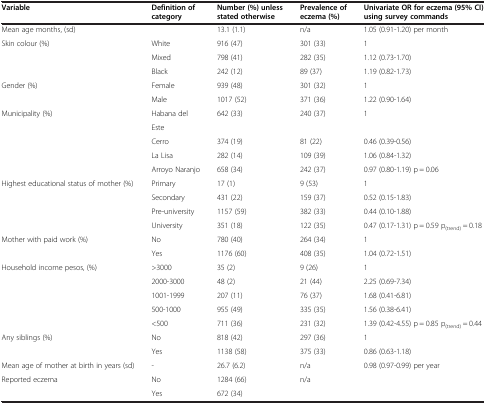
<table><thead><tr><td><b>Variable</b></td><td><b>Definition of category</b></td><td><b>Number (%) unless stated otherwise</b></td><td><b>Prevalence of eczema (%)</b></td><td><b>Univariate OR for eczema (95% CI) using survey commands</b></td></tr></thead><tbody><tr><td>Mean age months, (sd)</td><td> </td><td>13.1 (1.1)</td><td>n/a</td><td>1.05 (0.91-1.20) per month</td></tr><tr><td rowspan="3">Skin colour (%)</td><td>White</td><td>916 (47)</td><td>301 (33)</td><td>1</td></tr><tr><td>Mixed</td><td>798 (41)</td><td>282 (35)</td><td>1.12 (0.73-1.70)</td></tr><tr><td>Black</td><td>242 (12)</td><td>89 (37)</td><td>1.19 (0.82-1.73)</td></tr><tr><td rowspan="2">Gender (%)</td><td>Female</td><td>939 (48)</td><td>301 (32)</td><td>1</td></tr><tr><td>Male</td><td>1017 (52)</td><td>371 (36)</td><td>1.22 (0.90-1.64)</td></tr><tr><td rowspan="5">Municipality (%)</td><td>Habana del</td><td>642 (33)</td><td>240 (37)</td><td>1</td></tr><tr><td>Este</td><td> </td><td> </td><td> </td></tr><tr><td>Cerro</td><td>374 (19)</td><td>81 (22)</td><td>0.46 (0.39-0.56)</td></tr><tr><td>La Lisa</td><td>282 (14)</td><td>109 (39)</td><td>1.06 (0.84-1.32)</td></tr><tr><td>Arroyo Naranjo</td><td>658 (34)</td><td>242 (37)</td><td>0.97 (0.80-1.19) p = 0.06</td></tr><tr><td rowspan="4">Highest educational status of mother (%)</td><td>Primary</td><td>17 (1)</td><td>9 (53)</td><td>1</td></tr><tr><td>Secondary</td><td>431 (22)</td><td>159 (37)</td><td>0.52 (0.15-1.83)</td></tr><tr><td>Pre-university</td><td>1157 (59)</td><td>382 (33)</td><td>0.44 (0.10-1.88)</td></tr><tr><td>University</td><td>351 (18)</td><td>122 (35)</td><td>0.47 (0.17-1.31) p = 0.59 p<sub>(trend)</sub> = 0.18</td></tr><tr><td rowspan="2">Mother with paid work (%)</td><td>No</td><td>780 (40)</td><td>264 (34)</td><td>1</td></tr><tr><td>Yes</td><td>1176 (60)</td><td>408 (35)</td><td>1.04 (0.72-1.51)</td></tr><tr><td rowspan="5">Household income pesos, (%)</td><td>&gt;3000</td><td>35 (2)</td><td>9 (26)</td><td>1</td></tr><tr><td>2000-3000</td><td>48 (2)</td><td>21 (44)</td><td>2.25 (0.69-7.34)</td></tr><tr><td>1001-1999</td><td>207 (11)</td><td>76 (37)</td><td>1.68 (0.41-6.81)</td></tr><tr><td>500-1000</td><td>955 (49)</td><td>335 (35)</td><td>1.56 (0.38-6.41)</td></tr><tr><td>&lt;500</td><td>711 (36)</td><td>231 (32)</td><td>1.39 (0.42-4.55) p = 0.85 p<sub>(trend)</sub> = 0.44</td></tr><tr><td rowspan="2">Any siblings (%)</td><td>No</td><td>818 (42)</td><td>297 (36)</td><td>1</td></tr><tr><td>Yes</td><td>1138 (58)</td><td>375 (33)</td><td>0.86 (0.63-1.18)</td></tr><tr><td>Mean age of mother at birth in years (sd)</td><td>-</td><td>26.7 (6.2)</td><td>n/a</td><td>0.98 (0.97-0.99) per year</td></tr><tr><td rowspan="2">Reported eczema</td><td>No</td><td>1284 (66)</td><td rowspan="2">n/a</td><td rowspan="2"> </td></tr><tr><td>Yes</td><td>672 (34)</td></tr></tbody></table>